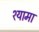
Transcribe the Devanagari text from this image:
श्‍यामा